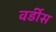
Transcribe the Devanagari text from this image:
वर्डीस